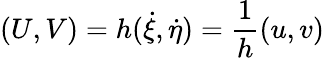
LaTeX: (U,V)=h(\dot{\xi},\dot{\eta})=\frac{1}{h}(u,v)